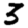
Digit: 3